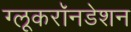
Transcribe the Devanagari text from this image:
ग्लूकरॉनडेशन